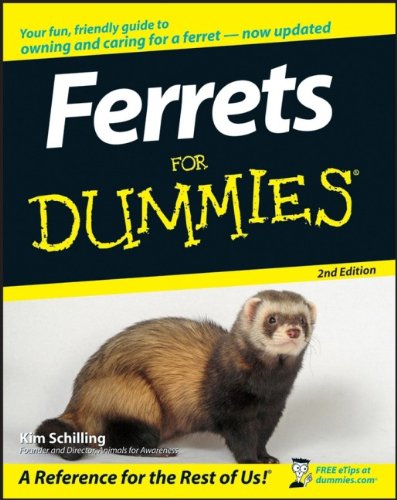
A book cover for Ferrets For Dummies; Kim Schilling; Crafts, Hobbies & Home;